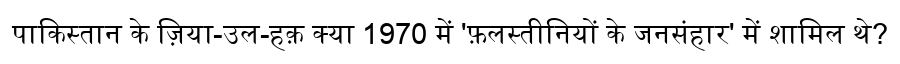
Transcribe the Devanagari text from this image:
पाकिस्तान के ज़िया-उल-हक़ क्या 1970 में 'फ़लस्तीनियों के जनसंहार' में शामिल थे?